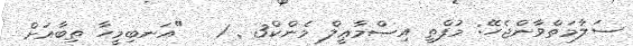
ސަލާމަތްވާންޖެހޭ: މުފްތީ އިސްމާޢީލް މެންކް3